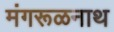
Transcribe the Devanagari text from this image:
मंगरूळनाथ